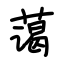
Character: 蔼